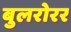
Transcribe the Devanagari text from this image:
बुलरोरर